Reports on dispensaries and lunatic asylums in the Province of Oudh - 1869-1876
Year: 1869
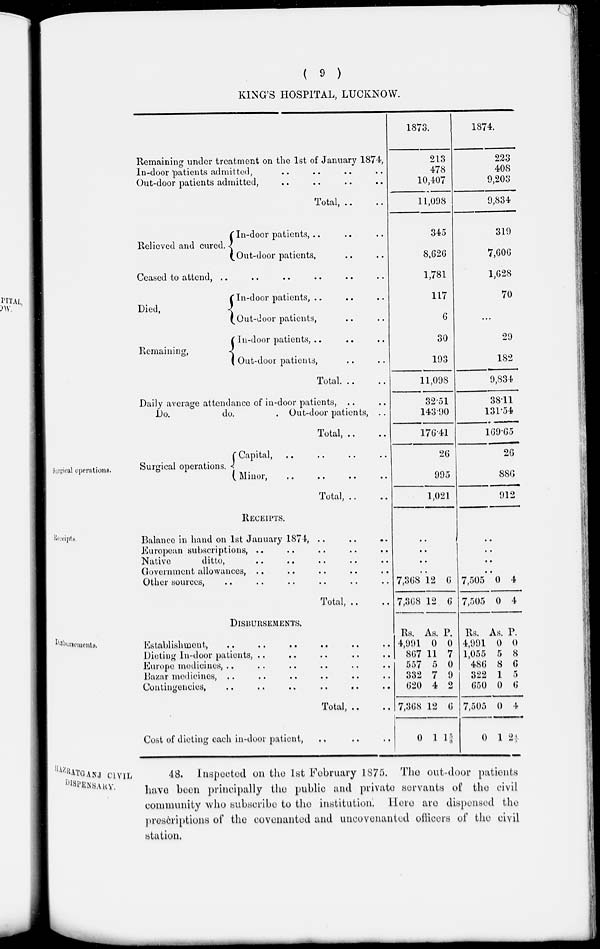
( 9 )
KING'S HOSPITAL, LUCKNOW.
Remaining under treatment on the 1st of January 1874,
In-door "patients admitted, .. .. .. ..
Out-door patients admitted, .. .. .. ..
Total, .. ..
Relieved and cured.
In-door patients, .. .. ..
Out-door patients, .. ..
Ceased to attend , .. .. .. .. .. ..
Died,
Remaining ,
In-door patients, .. .. ..
Out-door patients,
In-door patients , .. .. ..
Out-door patients, .. ..
Total.
..
..
Daily average attendance of in-door patients,
Do.
do.
. Out-door patients, ..
Total, .. ..
1873.
213
478
10,407
11,098
345
8,626
1,781
117
6
30
193
11,098
32.51
143.90
176.41
1874.
223
408
9,203
9,834
310
7,606
1,628
70
...
20
182
9,834
38.11
131.54
169.65
Surgical operations.
Surgical operations.
Capital,
..
..
..
..
Minor,
..
..
..
..
Total, .. ..
26
995
1,021
26
886
912
Receipts
RECEIPTS.
Balance in hand on 1st January 1874, .. .. ..
European subscriptions, ..
..
..
..
..
Native
ditto,
..
..
..
..
..
Government allowances,
..
..
..
..
..
Other sources,
..
..
..
..
..
..
Total, ..
..
..
..
..
..
7,368
7,368
12
12
6
6
..
..
..
..
7,505
7,505
0
0
4
4
Disbursements.
DISBURSEMENTS.
Establishment, .. .. .. .. .. ..
Dieting In-door patients, .. .. .. .. ..
Europe medicines, .. .. .. .. .. ..
Bazar medicines, .. .. .. .. .. ..
Contingencies, .. .. .. .. .. ..
Total, .. ..
Cost of dieting each in-door patient, .. .. ..
Rs.
4,991
867
557
332
620
7,368
0
As.
0
11
5
7
4
12
1
P.
0
7
0
9
2
6
1 5/8
Rs.
4,991
1,055
486
322
650
7,505
0
As.
0
5
8
1
0
0
1
P.
0
8
6
5
6
4
2 4/5
HAZRATGANJ CIVIL DISPENSARY. 48.
Inspected on the 1st February 1875. The out-door patients
have been principally the public and private servants of the civil
community who subscribe to the institution. Here are dispensed the
prescriptions of the covenanted and uncovenanted officers of the civil
station.